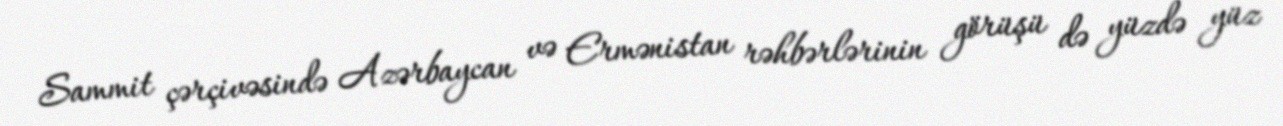
Sammit çərçivəsində Azərbaycan və Ermənistan rəhbərlərinin görüşü də yüzdə yüz